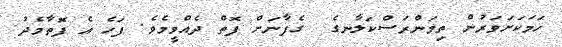
ހަމަކަށަވަރުން ތިމަންރަސްކަލާނގެ  ގެފާނަށް ފޮތް ދެއްވީމެވެ. ފަހެ އެ ފޮތާމެދު